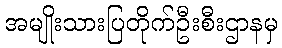
အမျိုးသားပြတိုက်ဦးစီးဌာနမှ